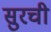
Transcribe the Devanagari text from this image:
सुरची